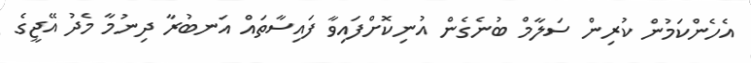
އެހެންކަމުން ކުރިން ސަލާމް ބުނެގެން އުނިކޮށްފައިވާ ފައިސާތައް އަނބުރާ ދިނުމާ މެދު އޭޖީގެ